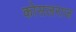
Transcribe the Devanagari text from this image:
कोसलराज